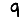
Digit: 9